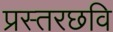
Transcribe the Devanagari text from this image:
प्रस्तरछवि